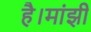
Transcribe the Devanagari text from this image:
है।मांझी